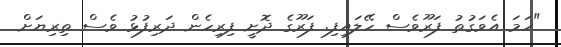
"ހަމަ އެވަގުތު ފަރޫވެސް ހޭލައިފި. ފަރޫގެ ދޮށީ ފިރިހެން ދަރިފުޅު ވެސް ތިރިޔަށް